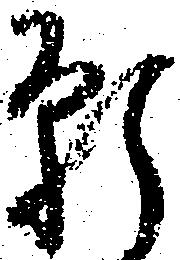
願